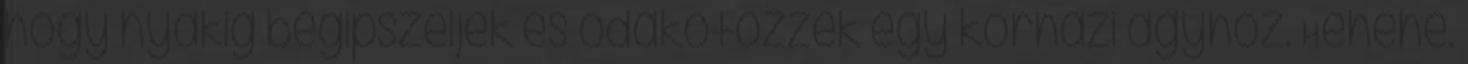
hogy nyakig begipszeljék és odakötözzék egy kórházi ágyhoz. Hehehe.